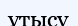
ұтысу